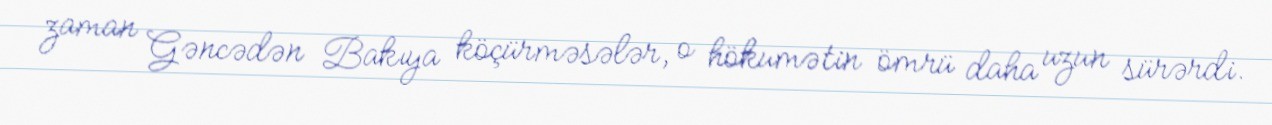
zaman Gəncədən Bakıya köçürməsələr, o hökumətin ömrü daha uzun sürərdi.